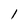
Character: l